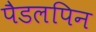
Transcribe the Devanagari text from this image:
पैडलपिन